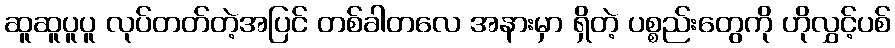
ဆူဆူပူပူ လုပ်တတ်တဲ့အပြင် တစ်ခါတလေ အနားမှာ ရှိတဲ့ ပစ္စည်းတွေကို ဟိုလွှင့်ပစ်